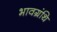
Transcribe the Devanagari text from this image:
भावग्रंथि